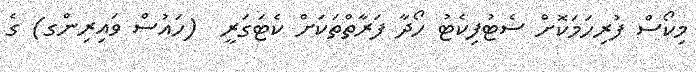
މިކޯސް ފުރިހަމަކޮށް ސެޓުފިކެޓު ހޯދާ ފަރާތްތަކަށް ކެޓަގަރީ  (ހައުސް ވައިރިންގ) ގެ